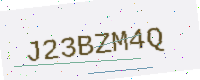
Text: J23BZM4Q